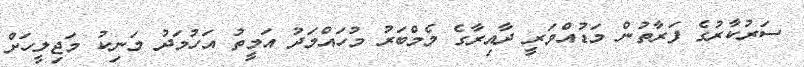
ސަރުކާރުގެ ފަރާތުން މަޑުއްވަރީ ދާއިރާގެ މެމްބަރު މުހައްމަދު އަމީތު އަހުމަދު މަނިކު މަޖިލީހަށް